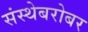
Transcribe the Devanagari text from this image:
संस्थेबरोबर